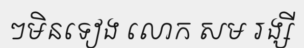
ៗមិនទៀង លោក សម រង្សី